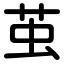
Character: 茧